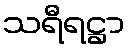
သရီရဋ္ဌာ